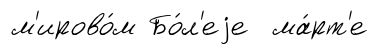
м'ирово́м Бо́л'еjе ма́рт'е